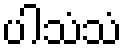
ပါသံသံ